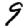
Digit: 9